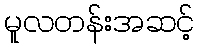
မူလတန်းအဆင့်